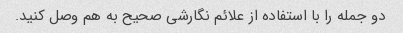
دو جمله را با استفاده از علائم نگارشی صحیح به هم وصل کنید.